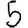
Digit: 5